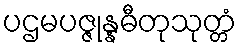
ပဌမပဇ္ဇုန္နဓီတုသုတ္တံ